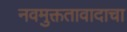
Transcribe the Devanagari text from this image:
नवमुक्ततावादाचा